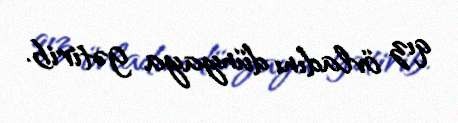
qız övladını dünyaya gətirib.